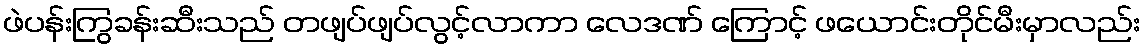
ဖဲပန်းကြွခန်းဆီးသည် တဖျပ်ဖျပ်လွင့်လာကာ လေဒဏ် ကြောင့် ဖယောင်းတိုင်မီးမှာလည်း